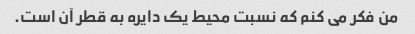
من فکر می کنم که نسبت محیط یک دایره به قطر آن است.